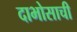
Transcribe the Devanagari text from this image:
दाभोसाची